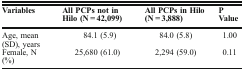
<table><thead><tr><td><b>Variables</b></td><td><b>All PCPs not in Hilo (N = 42,099)</b></td><td><b>All PCPs in Hilo (N = 3,888)</b></td><td><b>P Value</b></td></tr></thead><tbody><tr><td>Age, mean (SD), years</td><td>84.1 (5.9)</td><td>84.0 (5.8)</td><td>1.00</td></tr><tr><td>Female, N (%)</td><td>25,680 (61.0)</td><td>2,294 (59.0)</td><td>0.11</td></tr></tbody></table>